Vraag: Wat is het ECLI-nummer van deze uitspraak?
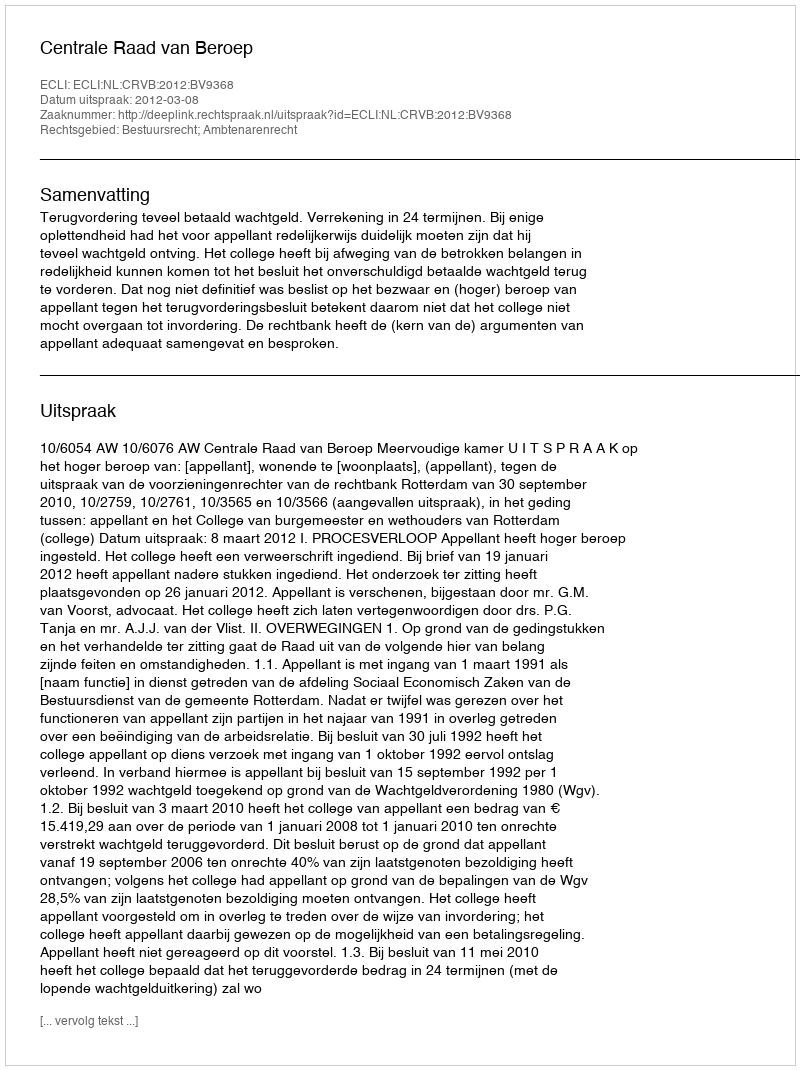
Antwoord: ECLI:NL:CRVB:2012:BV9368